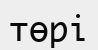
төрі